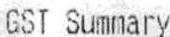
GST SUMMARY